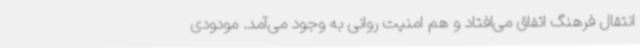
انتقال فرهنگ اتفاق می‌افتاد و هم امنیت روانی به وجود می‌آمد. مودودی